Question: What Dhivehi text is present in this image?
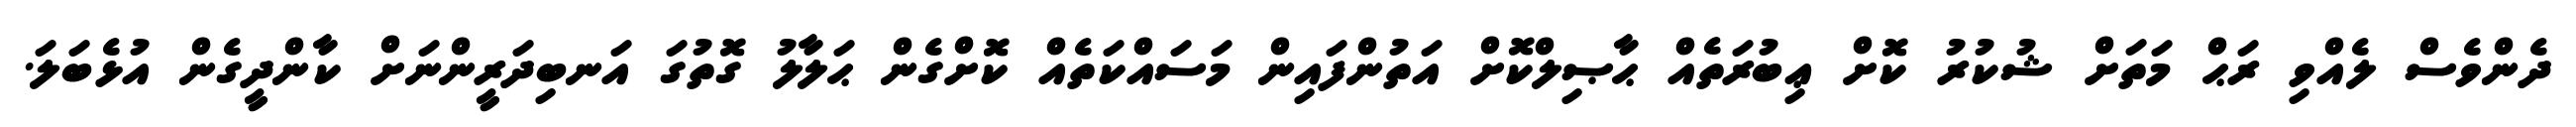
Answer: ދެންވެސް ލެއްވި ރަޙް މަތަށް ޝުކުރު ކޮށް ޢިބުރަތެއް ޙާޞިލްކޮށް އަތުންފައިން މަސައްކަތެއް ކޮށްގެން ޙަލާލު ގޮތުގަ އަނބިދަރީންނަށް ކާންދީގެން އުޅެބަލަ.